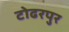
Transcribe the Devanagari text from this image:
टोढरपुर